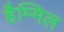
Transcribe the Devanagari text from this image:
हैम्मिल